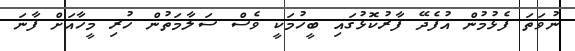
ނުވަތަ ފެޅުމުން އުފެދޭ ފާރުކޮޅުގައި ބީހުމަކީ ވެސް ސަލާމަތުން ހުރި މީހާއަށް ފާނަ